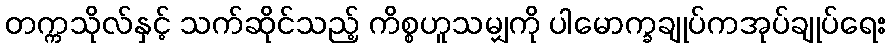
တက္ကသိုလ်နှင့် သက်ဆိုင်သည့် ကိစ္စဟူသမျှကို ပါမောက္ခချုပ်ကအုပ်ချုပ်ရေး